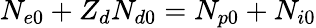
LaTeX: N_{e0}+Z_{d}N_{d0}=N_{p0}+N_{i0}